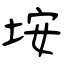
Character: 垵